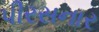
પીરસનાર